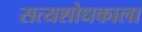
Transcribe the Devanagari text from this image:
सत्यशोधकाला